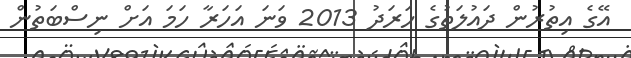
އޭގެ އިތުރުން ދައުލަތުގެ ހަރަދު 2013 ވަނަ އަހަރާ ހަމަ އަށް ނިސްބަތުން